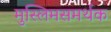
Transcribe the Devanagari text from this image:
मुस्लिमसमर्थक